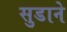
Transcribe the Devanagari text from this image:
सुडाने